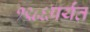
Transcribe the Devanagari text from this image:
१९८६पर्यंत